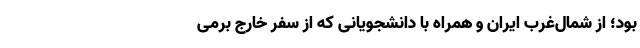
بود؛ از شمال‌غرب ایران و همراه با دانشجویانی که از سفر خارج برمی‌